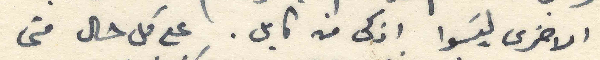
الاخرى لَيسوا اذكى من كايل. على كل حال متى